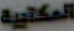
المكتبية